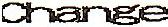
CHANGE